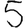
Digit: 5